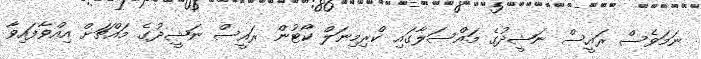
ނަމަވެސް ރައީސް ނަޝީދުގެ މައްސަލާގައި ކްރިމިނަލް ކޯޓުން ރައީސް ނަޝީދުގެ މައްޗަށް އިއްވާފައިވާ